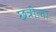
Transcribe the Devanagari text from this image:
छत्रीला